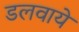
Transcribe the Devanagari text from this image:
डलवाये